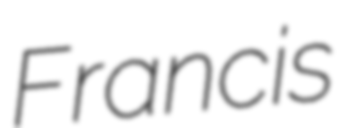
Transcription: Francis